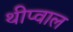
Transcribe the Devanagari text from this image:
थीप्वाल